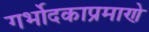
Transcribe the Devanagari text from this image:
गर्भोदकाप्रमाणे